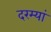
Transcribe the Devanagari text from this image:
दरम्‍यां